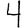
Digit: 4